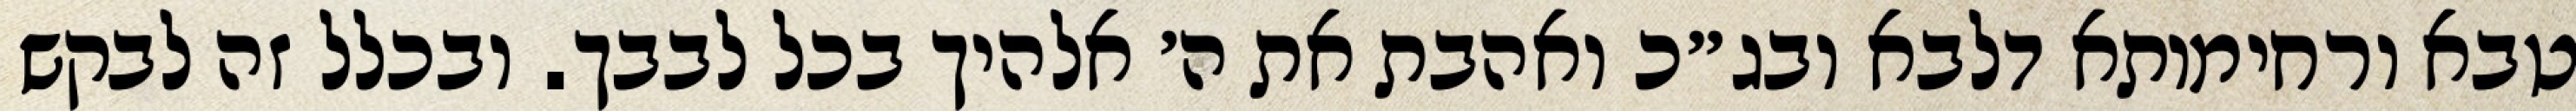
טבא ורחימותא דלבא ובג״כ ואהבת את ה׳ אלהיך בכל לבבך. ובכלל זה לבקש